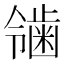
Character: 𬹴